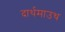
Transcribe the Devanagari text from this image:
दार्थमाउथ